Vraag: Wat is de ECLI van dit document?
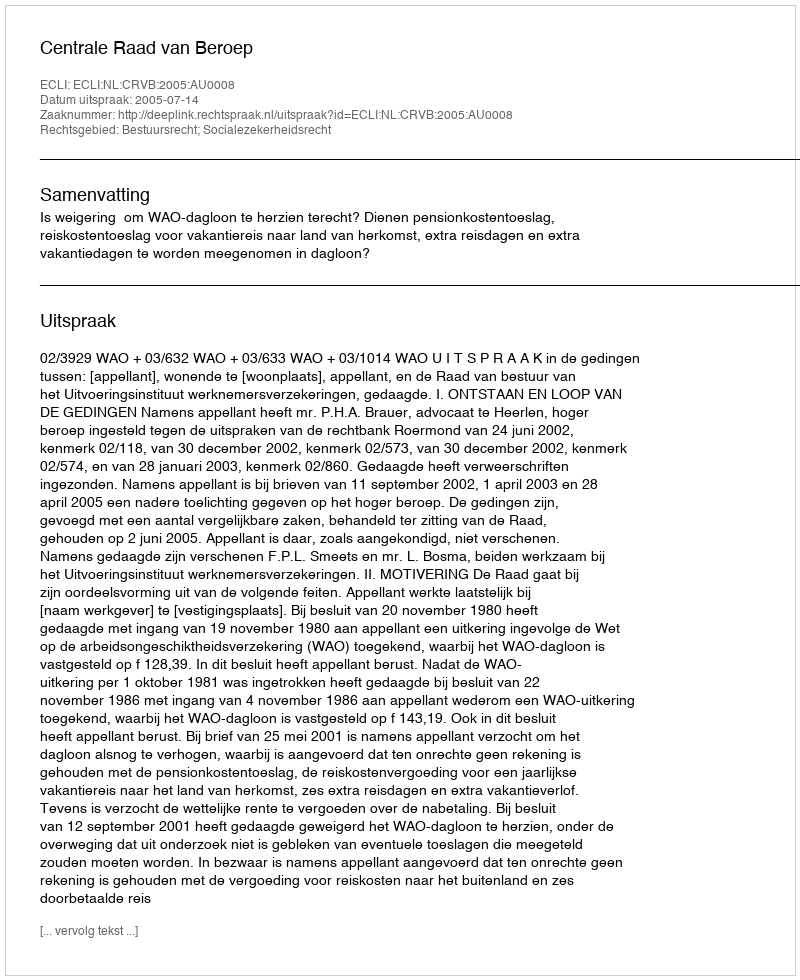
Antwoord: ECLI:NL:CRVB:2005:AU0008